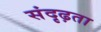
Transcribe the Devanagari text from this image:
संदृढ़ता